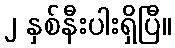
၂ နှစ်နီးပါးရှိပြီ။